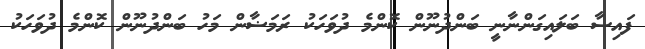
ފައިސާ ބަލައިގަންނާނީ ބަންދުނޫން ކޮންމެ ދުވަހަކު ރަމަޟާން މަހު ބަންދުނޫން ކޮންމެ ދުވަހަކު